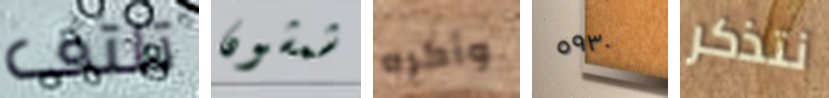
تلتف شمشون وأكره ٥٩٣٠ نتذكر